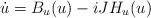
LaTeX: \begin{align*}\dot{u}=B_u(u)-iJH_u(u)\end{align*}